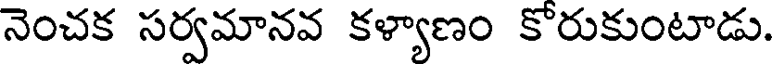
నెంచక సర్వమానవ కళ్యాణం కోరుకుంటాడు.